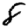
Digit: 8